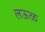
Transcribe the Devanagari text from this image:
लऊळ